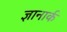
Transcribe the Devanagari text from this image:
ज्ञानार्क